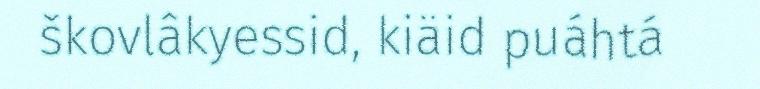
škovlâkyessid, kiäid puáhtá